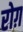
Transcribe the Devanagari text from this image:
रोग़